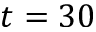
t = 3 0